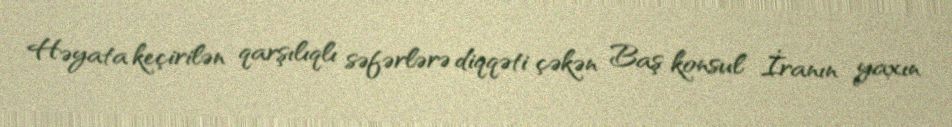
Həyata keçirilən qarşılıqlı səfərlərə diqqəti çəkən Baş konsul İranın yaxın